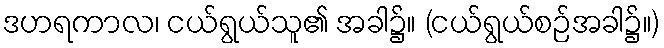
ဒဟရကာလ၊ ငယ်ရွယ်သူ၏ အခါ၌။ (ငယ်ရွယ်စဉ်အခါ၌။)